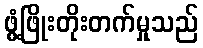
ဖွံ့ဖြိုးတိုးတက်မှုသည်